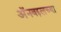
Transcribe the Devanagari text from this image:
अॅनबद्दलच्या